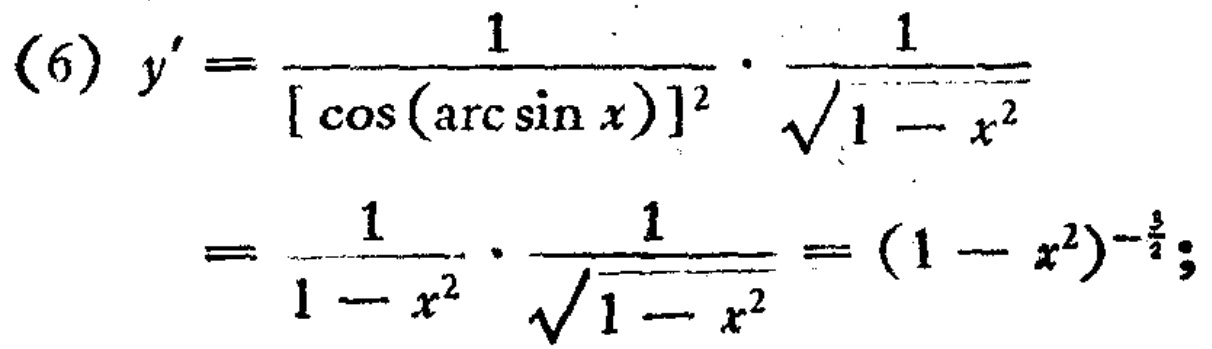
\[
\begin{align*}
(6)y'&=\frac{1}{[\cos(\arcsin x)]^{2}}\cdot\frac{1}{\sqrt{1 - x^{2}}}\\
&=\frac{1}{1 - x^{2}}\cdot\frac{1}{\sqrt{1 - x^{2}}}=(1 - x^{2})^{-\frac{3}{2}};
\end{align*}
\]